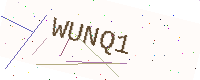
Text: WUNQ1